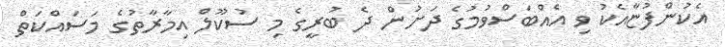
އެކުންފުޏާއެކު ވި އެއްބަސްވުމުގެ ދަށުން ދެ ބުރީގެ މި ސުކޫލް އިމާރާތުގެ މަސައްކަތް